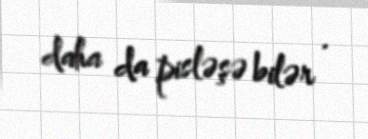
daha da pisləşə bilər .